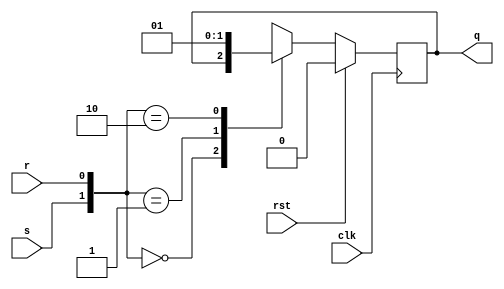
module srff(clk,rst,s,r,q);

input clk,rst,s,r; 
output reg q;

always@(posedge clk) 
begin
     if (rst)
     q<=0;
     
     else 
     begin
     case({s,r})
     2'b00:q<=q;
     2'b01:q<=0;
     2'b10:q<=1;
     2'b11:q<=1'bx;
     
endcase
end
end
endmodule